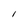
Character: I